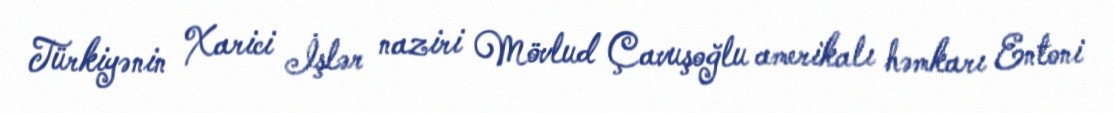
Türkiyənin Xarici İşlər naziri Mövlud Çavuşoğlu amerikalı həmkarı Entoni